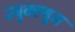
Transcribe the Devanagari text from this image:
न्युक्ल्युस